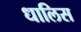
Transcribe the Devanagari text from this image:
धालिस